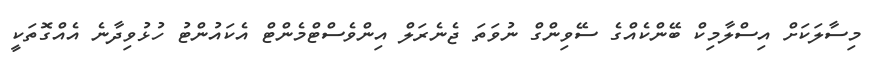
މިސާލަކަށް އިސްލާމިކް ބޭންކެއްގެ ސޭވިންގް ނުވަތަ ޖެނެރަލް އިންވެސްޓްމެންޓް އެކައުންޓު ހުޅުވިދާނެ އެއްގޮތަކީ